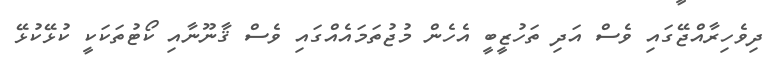
ދިވެހިރާއްޖޭގައި ވެސް އަދި ތަހުޒީބީ އެހެން މުޖުތަމައެއްގައި ވެސް ޤާނޫނާއި ކޯޓުތަކަކީ ކުޅޭކުޅޭ